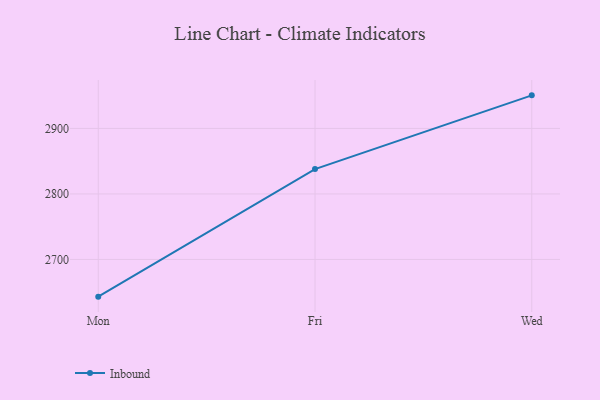
{"axis": {"x": "Day", "y": "Latency (ms)"}, "legend": ["Inbound"], "data": [{"x": "Mon", "y": 2643.2, "type": "Inbound"}, {"x": "Fri", "y": 2837.9, "type": "Inbound"}, {"x": "Wed", "y": 2950.5, "type": "Inbound"}]}